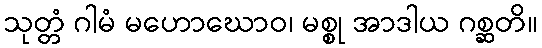
သုတ္တံ ဂါမံ မဟောဃောဝ၊ မစ္စု အာဒါယ ဂစ္ဆတိ။